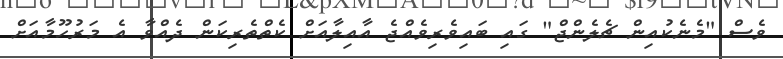
ވެސް "މެނެކުއިން ޗެލެންޖް" ގައި ބައިވެރިވެއްޖެ އާއިލާއަށް ކެތްތެރިކަން ދެއްވާ އެ މަރުހޫމާއަށް